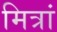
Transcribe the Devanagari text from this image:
मित्रां